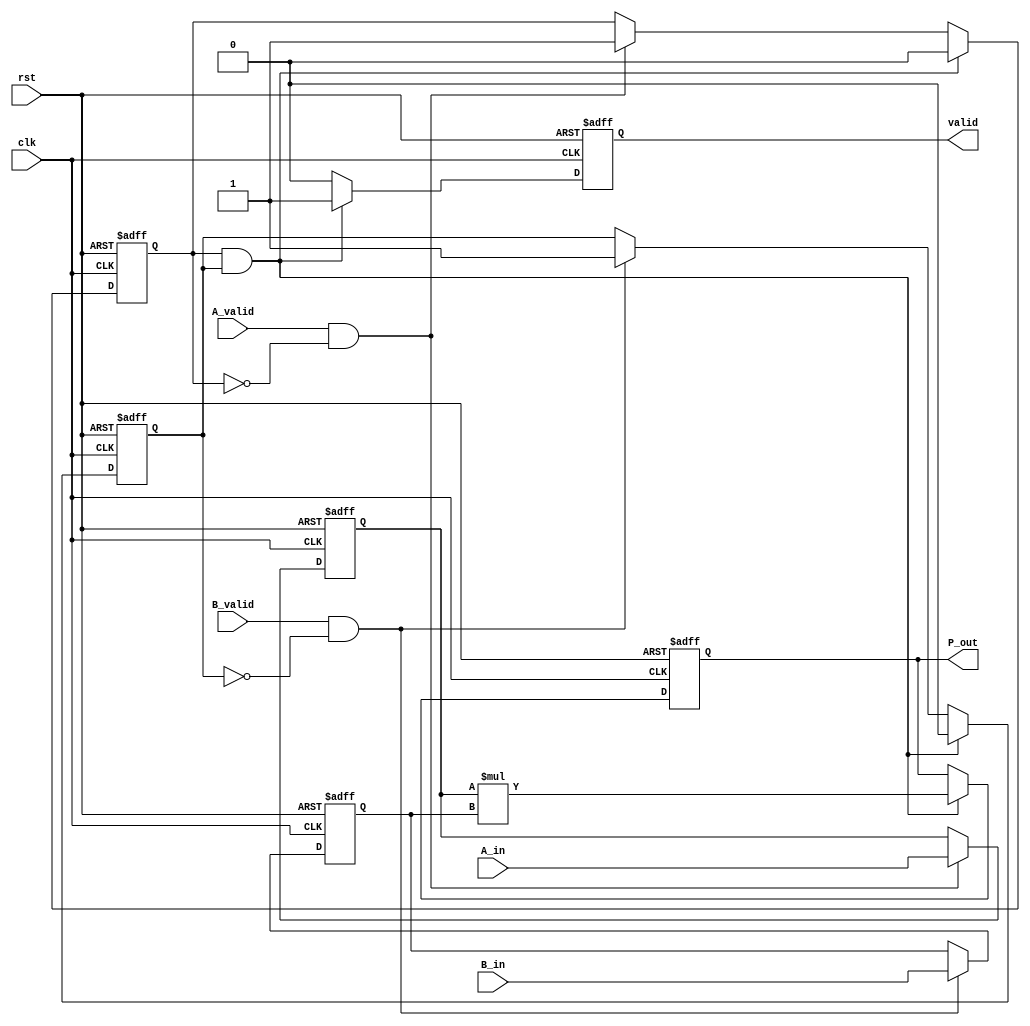
module streaming_multiplier #(
    parameter DATA_WIDTH = 16 // Width of the input data
)(
    input wire clk,
    input wire rst,
    input wire [DATA_WIDTH-1:0] A_in,
    input wire [DATA_WIDTH-1:0] B_in,
    input wire A_valid,
    input wire B_valid,
    output reg [2*DATA_WIDTH-1:0] P_out,
    output reg valid
);

    // Internal signals
    reg [DATA_WIDTH-1:0] A_buffer;
    reg [DATA_WIDTH-1:0] B_buffer;
    reg A_ready, B_ready;

    // State machine for control logic
    always @(posedge clk or posedge rst) begin
        if (rst) begin
            A_buffer <= 0;
            B_buffer <= 0;
            P_out <= 0;
            valid <= 0;
            A_ready <= 0;
            B_ready <= 0;
        end else begin
            // Buffer the inputs when valid signals are asserted
            if (A_valid && !A_ready) begin
                A_buffer <= A_in;
                A_ready <= 1;
            end
            
            if (B_valid && !B_ready) begin
                B_buffer <= B_in;
                B_ready <= 1;
            end

            // When both inputs are ready, perform multiplication
            if (A_ready && B_ready) begin
                P_out <= A_buffer * B_buffer; // Multiply the buffered inputs
                valid <= 1; // Assert valid signal
                A_ready <= 0; // Reset A_ready for the next input
                B_ready <= 0; // Reset B_ready for the next input
            end else begin
                valid <= 0; // Deassert valid if not ready
            end
        end
    end

endmodule